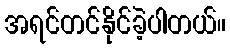
အရင်တင်နိုင်ခဲ့ပါတယ်။